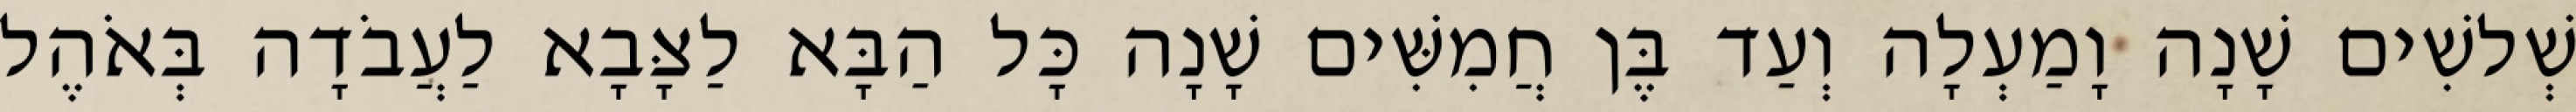
שְׁלשִׁים שָׁנָה וָמַעְלָה וְעַד בֶּן חֲמִשִּׁים שָׁנָה כָּל הַבָּא לַצָּבָא לַעֲבֹדָה בְּאֹהֶל